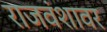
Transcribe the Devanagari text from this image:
राजवंशावर